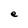
Character: e